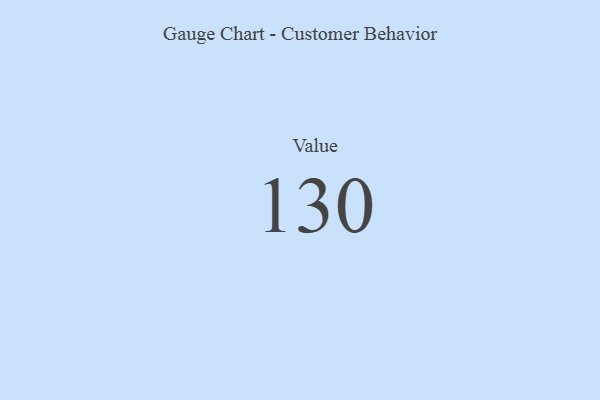
{"axis": {"x": "Metric", "y": "Value"}, "legend": [""], "data": [{"x": "Value", "y": 130, "type": ""}]}